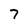
Character: 7